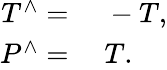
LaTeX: \begin{array}{rl}{T^{\wedge}=}&{{}\; -T,}\\ {P^{\wedge}=}&{{}\; T.}\end{array}